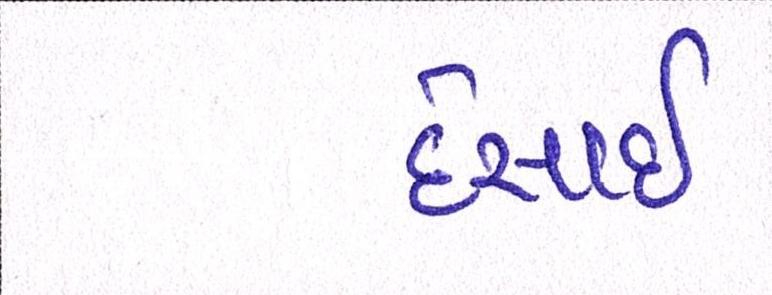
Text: દેસાઇ